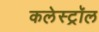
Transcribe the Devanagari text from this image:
कलेस्ट्रॉल